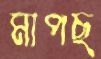
মাপছ